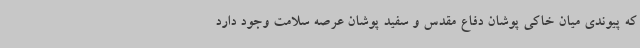
که پیوندی میان خاکی پوشان دفاع مقدس و سفید پوشان عرصه سلامت وجود دارد